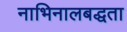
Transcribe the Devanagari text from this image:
नाभिनालबद्धता